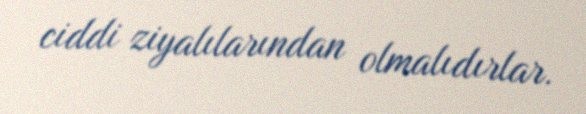
ciddi ziyalılarından olmalıdırlar.